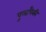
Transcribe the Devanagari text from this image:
पुलांपैकी